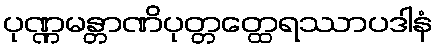
ပုဏ္ဏမန္တာဏိပုတ္တတ္ထေရဿာပဒါနံ